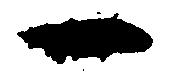
一